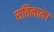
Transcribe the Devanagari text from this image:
सतिनाम।